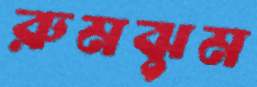
রুমঝুম